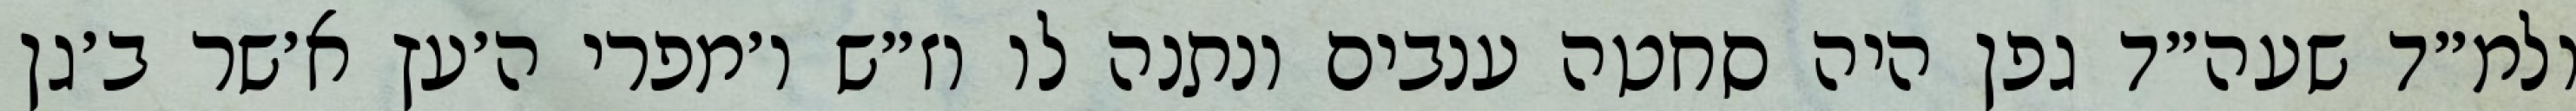
ולמ״ד שעה״ד גפן היה סחטה ענבים ונתנה לו וז״ש ו׳מפרי ה׳עץ א׳שר ב׳גן